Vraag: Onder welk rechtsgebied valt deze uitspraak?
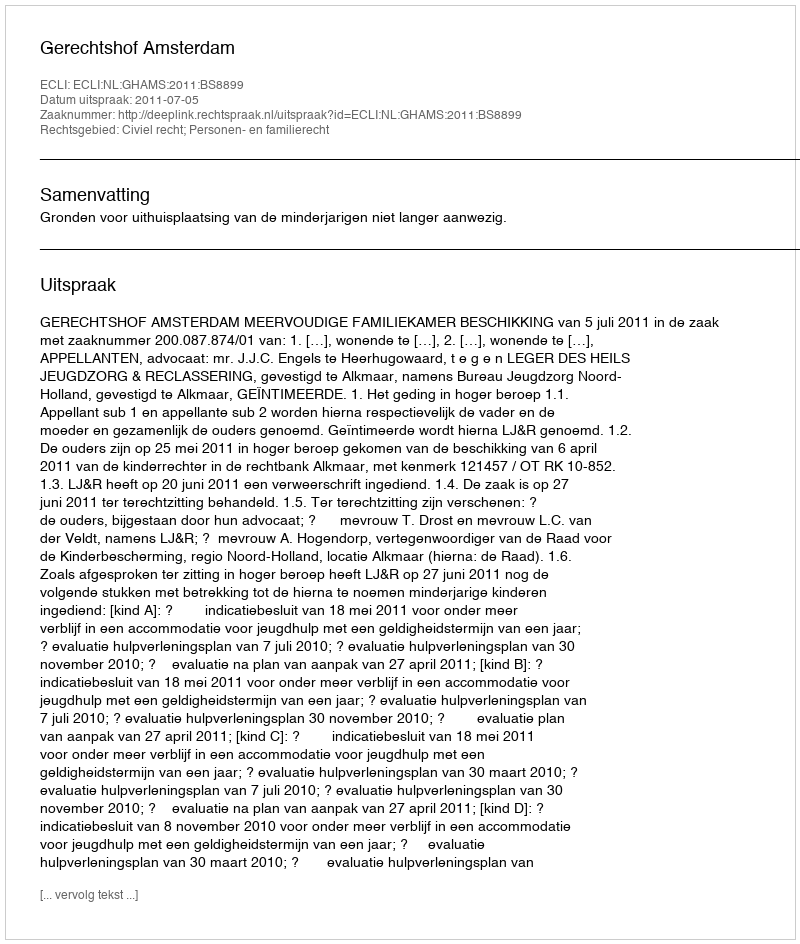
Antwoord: Civiel recht; Personen- en familierecht